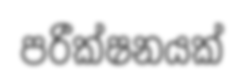
පරීක්ෂනයක්